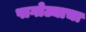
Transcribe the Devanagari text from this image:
पागोट्याचा